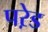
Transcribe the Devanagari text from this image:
परे़ड